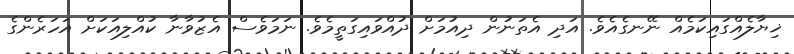
ޚިޔާލެއްގައިކަމެއް ނޭނގެއެވެ. އަދި އެތަނުން ދިއުމަށް ދުއްވައިގަތީމެވެ. ނަމަވެސް އެޒުވާނާ ކުއްލިއަކަށް އަހަރެންގެ